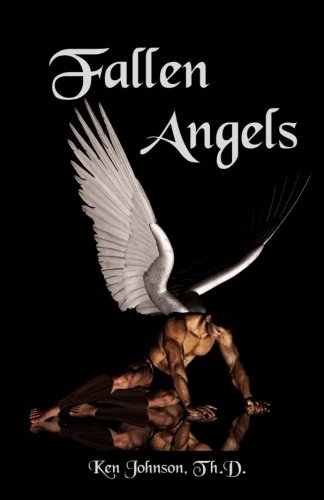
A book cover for Fallen Angels; Ken Johnson; Religion & Spirituality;